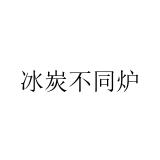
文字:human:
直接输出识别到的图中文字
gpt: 冰炭不同炉